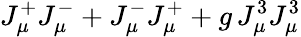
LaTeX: J_{\mu}^{+}J_{\mu}^{-}+J_{\mu}^{-}J_{\mu}^{+}+g\, J_{\mu}^{3}J_{\mu}^{3}